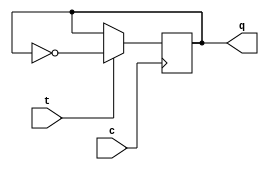

/***************************************************************************************************/
/*
 * Virginia Tech
 * Secure Embedded Systems Lab
 *
 * Copyright (C) 2017 Virginia Tech
 *
 * Written in 2017 by Yuan Yao (yuan9@vt.edu), Mo Yang(ymo6@vt.edu)
 *
 * This software is distributed under the terms of the GNU General Public License as published by
 * the Free Software Foundation; either version 3 of the License, or
 * (at your option) any later version. We are in the hope that it will be useful,
 * but WITHOUT ANY WARRANTY; without even the implied warranty of
 * MERCHANTABILITY or FITNESS FOR A PARTICULAR PURPOSE. See the
 * GNU General Public License for more details.
 *
 * You should have received a copy of the GNU General Public License
 * along with this program; if not, see <http://www.gnu.org/licenses/>.
 */
 /**************************************************************************************************/

module tff(q,t,c);
    output q;
    input t,c;
    reg q;
    initial 
     begin 
      q=1'b1;
     end
    always @ (posedge c)
    begin
        if (t==1'b0) begin q=q; end
        else begin q=~q;  end
    end
endmodule
 
module tff1(q,t,c);
    output q;
    input t,c;
    reg q;
    initial 
     begin 
      q=1'b0;
     end
    always @ (posedge c)
    begin
        if (t==1'b0) begin q=q; end
        else begin q=~q;  end
    end
endmodule
 
module random(o,clk);
    output [3:0]o;      input clk;
    xor (t0,o[3],o[2]);
    assign t1=o[0];
    assign t2=o[1];
    assign t3=o[2];
    tff u1(o[0],t0,clk);
    tff1 u2(o[1],t1,clk);
    tff1 u3(o[2],t2,clk);
    tff1 u4(o[3],t3,clk);
endmodule